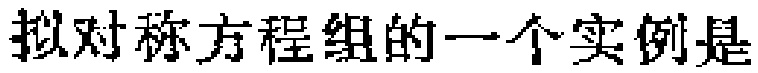
拟对称方程组的一个实例是